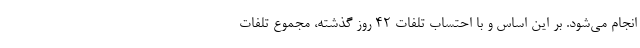
انجام می‌شود. بر این اساس و با احتساب تلفات ۴۲ روز گذشته، مجموع تلفات